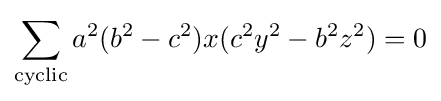
\sum _{\text{cyclic}}a^{2}(b^{2}-c^{2})x(c^{2}y^{2}-b^{2}z^{2})=0